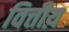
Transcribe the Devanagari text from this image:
वित्तीय़